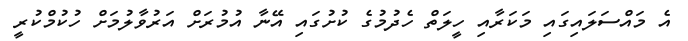
އެ މައްސަލައިގައި މަކަރާއި ހީލަތް ހެދުމުގެ ކުށުގައި އޭނާ އުމުރަށް އަރުވާލުމަށް ހުކުމްކުރީ